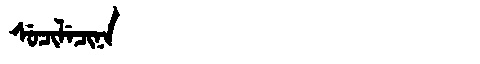
Manchu: ᠰᡠᠴᡳᠯᡝᠴᡳᠨᠠ
Romanization: SUCILECINA